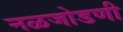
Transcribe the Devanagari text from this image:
नळजोडणी